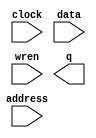
// megafunction wizard: %RAM: 1-PORT%VBB%
// GENERATION: STANDARD
// VERSION: WM1.0
// MODULE: altsyncram 

// ============================================================
// Megafunction Name(s):
// 			altsyncram
//
// Simulation Library Files(s):
// 			altera_mf
// ============================================================
// ************************************************************
// THIS IS A WIZARD-GENERATED FILE. DO NOT EDIT THIS FILE!
//
// 15.0.0 Build 145 04/22/2015 SJ Web Edition
// ************************************************************

//Copyright (C) 1991-2015 Altera Corporation. All rights reserved.
//Your use of Altera Corporation's design tools, logic functions 
//and other software and tools, and its AMPP partner logic 
//functions, and any output files from any of the foregoing 
//(including device programming or simulation files), and any 
//associated documentation or information are expressly subject 
//to the terms and conditions of the Altera Program License 
//Subscription Agreement, the Altera Quartus II License Agreement,
//the Altera MegaCore Function License Agreement, or other 
//applicable license agreement, including, without limitation, 
//that your use is for the sole purpose of programming logic 
//devices manufactured by Altera and sold by Altera or its 
//authorized distributors.  Please refer to the applicable 
//agreement for further details.

module ram32x4 (
	address,
	clock,
	data,
	wren,
	q);

	input	[4:0]  address;
	input	  clock;
	input	[3:0]  data;
	input	  wren;
	output	[3:0]  q;
`ifndef ALTERA_RESERVED_QIS
// synopsys translate_off
`endif
	tri1	  clock;
`ifndef ALTERA_RESERVED_QIS
// synopsys translate_on
`endif

endmodule

// ============================================================
// CNX file retrieval info
// ============================================================
// Retrieval info: PRIVATE: ADDRESSSTALL_A NUMERIC "0"
// Retrieval info: PRIVATE: AclrAddr NUMERIC "0"
// Retrieval info: PRIVATE: AclrByte NUMERIC "0"
// Retrieval info: PRIVATE: AclrData NUMERIC "0"
// Retrieval info: PRIVATE: AclrOutput NUMERIC "0"
// Retrieval info: PRIVATE: BYTE_ENABLE NUMERIC "0"
// Retrieval info: PRIVATE: BYTE_SIZE NUMERIC "8"
// Retrieval info: PRIVATE: BlankMemory NUMERIC "1"
// Retrieval info: PRIVATE: CLOCK_ENABLE_INPUT_A NUMERIC "0"
// Retrieval info: PRIVATE: CLOCK_ENABLE_OUTPUT_A NUMERIC "0"
// Retrieval info: PRIVATE: Clken NUMERIC "0"
// Retrieval info: PRIVATE: DataBusSeparated NUMERIC "1"
// Retrieval info: PRIVATE: IMPLEMENT_IN_LES NUMERIC "0"
// Retrieval info: PRIVATE: INIT_FILE_LAYOUT STRING "PORT_A"
// Retrieval info: PRIVATE: INIT_TO_SIM_X NUMERIC "0"
// Retrieval info: PRIVATE: INTENDED_DEVICE_FAMILY STRING "Cyclone V"
// Retrieval info: PRIVATE: JTAG_ENABLED NUMERIC "0"
// Retrieval info: PRIVATE: JTAG_ID STRING "NONE"
// Retrieval info: PRIVATE: MAXIMUM_DEPTH NUMERIC "0"
// Retrieval info: PRIVATE: MIFfilename STRING ""
// Retrieval info: PRIVATE: NUMWORDS_A NUMERIC "32"
// Retrieval info: PRIVATE: RAM_BLOCK_TYPE NUMERIC "0"
// Retrieval info: PRIVATE: READ_DURING_WRITE_MODE_PORT_A NUMERIC "3"
// Retrieval info: PRIVATE: RegAddr NUMERIC "1"
// Retrieval info: PRIVATE: RegData NUMERIC "1"
// Retrieval info: PRIVATE: RegOutput NUMERIC "0"
// Retrieval info: PRIVATE: SYNTH_WRAPPER_GEN_POSTFIX STRING "0"
// Retrieval info: PRIVATE: SingleClock NUMERIC "1"
// Retrieval info: PRIVATE: UseDQRAM NUMERIC "1"
// Retrieval info: PRIVATE: WRCONTROL_ACLR_A NUMERIC "0"
// Retrieval info: PRIVATE: WidthAddr NUMERIC "5"
// Retrieval info: PRIVATE: WidthData NUMERIC "4"
// Retrieval info: PRIVATE: rden NUMERIC "0"
// Retrieval info: LIBRARY: altera_mf altera_mf.altera_mf_components.all
// Retrieval info: CONSTANT: CLOCK_ENABLE_INPUT_A STRING "BYPASS"
// Retrieval info: CONSTANT: CLOCK_ENABLE_OUTPUT_A STRING "BYPASS"
// Retrieval info: CONSTANT: INTENDED_DEVICE_FAMILY STRING "Cyclone V"
// Retrieval info: CONSTANT: LPM_HINT STRING "ENABLE_RUNTIME_MOD=NO"
// Retrieval info: CONSTANT: LPM_TYPE STRING "altsyncram"
// Retrieval info: CONSTANT: NUMWORDS_A NUMERIC "32"
// Retrieval info: CONSTANT: OPERATION_MODE STRING "SINGLE_PORT"
// Retrieval info: CONSTANT: OUTDATA_ACLR_A STRING "NONE"
// Retrieval info: CONSTANT: OUTDATA_REG_A STRING "UNREGISTERED"
// Retrieval info: CONSTANT: POWER_UP_UNINITIALIZED STRING "FALSE"
// Retrieval info: CONSTANT: READ_DURING_WRITE_MODE_PORT_A STRING "NEW_DATA_NO_NBE_READ"
// Retrieval info: CONSTANT: WIDTHAD_A NUMERIC "5"
// Retrieval info: CONSTANT: WIDTH_A NUMERIC "4"
// Retrieval info: CONSTANT: WIDTH_BYTEENA_A NUMERIC "1"
// Retrieval info: USED_PORT: address 0 0 5 0 INPUT NODEFVAL "address[4..0]"
// Retrieval info: USED_PORT: clock 0 0 0 0 INPUT VCC "clock"
// Retrieval info: USED_PORT: data 0 0 4 0 INPUT NODEFVAL "data[3..0]"
// Retrieval info: USED_PORT: q 0 0 4 0 OUTPUT NODEFVAL "q[3..0]"
// Retrieval info: USED_PORT: wren 0 0 0 0 INPUT NODEFVAL "wren"
// Retrieval info: CONNECT: @address_a 0 0 5 0 address 0 0 5 0
// Retrieval info: CONNECT: @clock0 0 0 0 0 clock 0 0 0 0
// Retrieval info: CONNECT: @data_a 0 0 4 0 data 0 0 4 0
// Retrieval info: CONNECT: @wren_a 0 0 0 0 wren 0 0 0 0
// Retrieval info: CONNECT: q 0 0 4 0 @q_a 0 0 4 0
// Retrieval info: GEN_FILE: TYPE_NORMAL ram32x4.v TRUE
// Retrieval info: GEN_FILE: TYPE_NORMAL ram32x4.inc FALSE
// Retrieval info: GEN_FILE: TYPE_NORMAL ram32x4.cmp FALSE
// Retrieval info: GEN_FILE: TYPE_NORMAL ram32x4.bsf FALSE
// Retrieval info: GEN_FILE: TYPE_NORMAL ram32x4_inst.v FALSE
// Retrieval info: GEN_FILE: TYPE_NORMAL ram32x4_bb.v TRUE
// Retrieval info: LIB_FILE: altera_mf